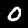
Digit: 0